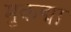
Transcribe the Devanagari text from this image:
मुकद्मा